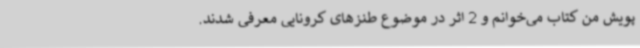
پویش من کتاب می‌خوانم و 2 اثر در موضوع طنزهای کرونایی معرفی شدند.